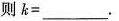
则 $$k =$$ ___.